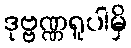
ဒုဗ္ဗဏ္ဏရူပါမှိ